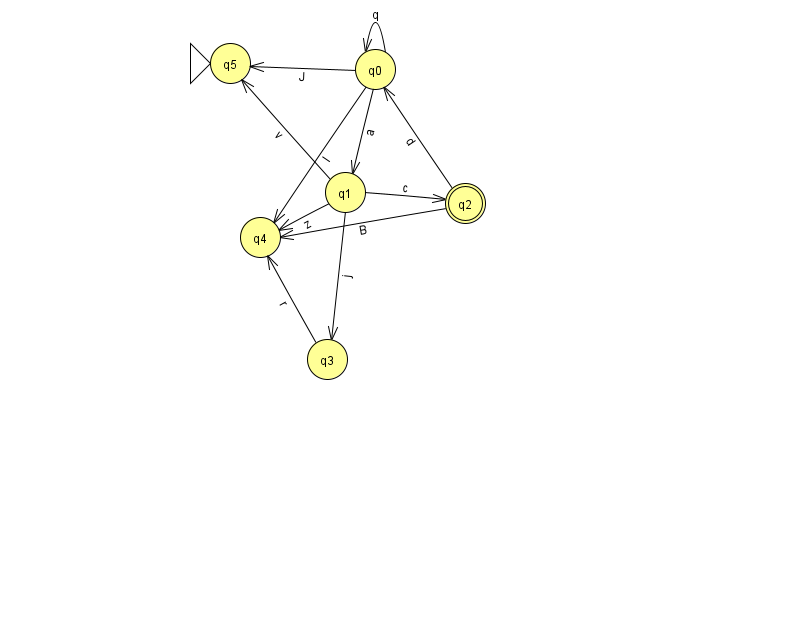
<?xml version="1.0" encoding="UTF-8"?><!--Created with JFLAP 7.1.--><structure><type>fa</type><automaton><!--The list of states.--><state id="0" name="q0"><x>375.0</x><y>56.0</y></state><state id="1" name="q1"><x>345.0</x><y>179.0</y></state><state id="2" name="q2"><x>465.0</x><y>190.0</y><final/></state><state id="3" name="q3"><x>327.0</x><y>346.0</y></state><state id="4" name="q4"><x>260.0</x><y>224.0</y></state><state id="5" name="q5"><x>230.0</x><y>50.0</y><initial/></state><!--The list of transitions.--><transition><from>0</from><to>5</to><read>J</read></transition><transition><from>0</from><to>0</to><read>q</read></transition><transition><from>1</from><to>3</to><read>j</read></transition><transition><from>0</from><to>1</to><read>a</read></transition><transition><from>1</from><to>4</to><read>z</read></transition><transition><from>1</from><to>5</to><read>v</read></transition><transition><from>0</from><to>4</to><read>l</read></transition><transition><from>3</from><to>4</to><read>r</read></transition><transition><from>1</from><to>2</to><read>c</read></transition><transition><from>2</from><to>0</to><read>d</read></transition><transition><from>2</from><to>4</to><read>B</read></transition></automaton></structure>